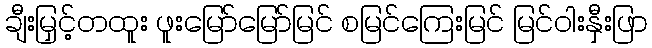
ချီးမြှင့်တထူး ဖူးမြော်မြော်မြင် စမြင်ကြေးမြင် မြင်ဝါးနှီးဖြာ